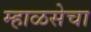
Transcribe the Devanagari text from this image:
म्हाळसेचा